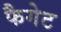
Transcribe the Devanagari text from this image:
फैगेट